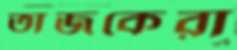
তাজকেরা